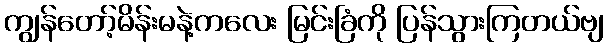
ကျွန်တော့်မိန်းမနဲ့ကလေး မြင်းခြံကို ပြန်သွားကြတယ်ဗျ